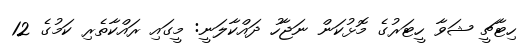
ހިޓާޗީ ޝަވާ ހީޓަރުގެ މޮޅުކަން ނަޖާހު ދައްކާލަނީ: މީގައި ރައްކާތެރި ކަމުގެ 12